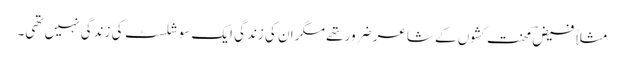
مثلاً فیضؔ محنت کشوں کے شاعر ضرور تھے مگر ان کی زندگی ایک سوشلسٹ کی زندگی نہیں تھی۔